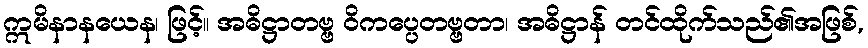
ဣမိနာနယေန၊ ဖြင့်။ အဓိဋ္ဌာတဗ္ဗ ဝိကပ္ပေတဗ္ဗတာ၊ အဓိဋ္ဌာန် တင်ထိုက်သည်၏အဖြစ်,